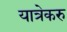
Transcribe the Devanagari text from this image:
यात्रेकरु